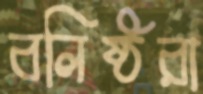
বলিষ্ঠরা